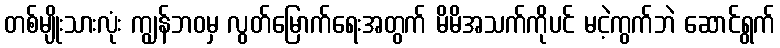
တစ်မျိုးသားလုံး ကျွန်ဘဝမှ လွတ်မြောက်ရေးအတွက် မိမိအသက်ကိုပင် မငဲ့ကွက်ဘဲ ဆောင်ရွက်